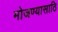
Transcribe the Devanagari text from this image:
मोजण्यासाठि